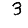
Digit: 3